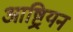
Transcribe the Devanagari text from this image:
आष्ट्रियन